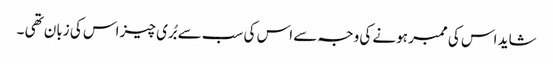
شاید اس کی ممبر ہونے کی وجہ سے اس کی سب سے بُری چیز اس کی زبان تھی ۔